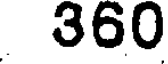
360